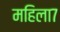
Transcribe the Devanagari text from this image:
महिला७